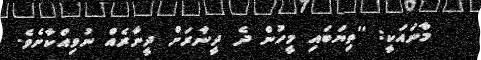
މާނައަކީ: ''ތިޔަބައި މީހުން ދެ ދީނާރަށް ދީނާރެއް ނުވިއްކާށެވެ.